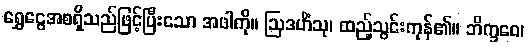
ရွှေငွေအစရှိသည်ဖြင့်ပြီးသော အဖါကို။ ဩဒဟိံသု၊ ထည့်သွင်းကုန်၏။ ဘိက္ခဝေ၊